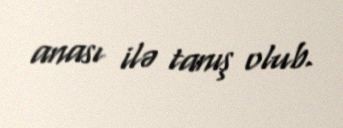
anası ilə tanış olub.